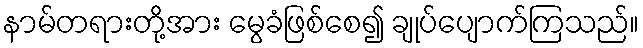
နာမ်တရားတို့အား မွေခံဖြစ်စေ၍ ချုပ်ပျောက်ကြသည်။